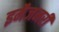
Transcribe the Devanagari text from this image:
इमैजनरी